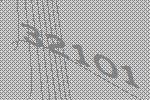
32101